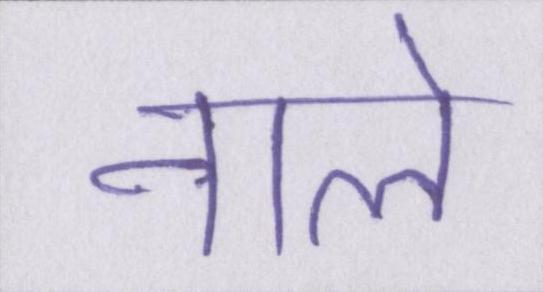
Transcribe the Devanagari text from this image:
नाले